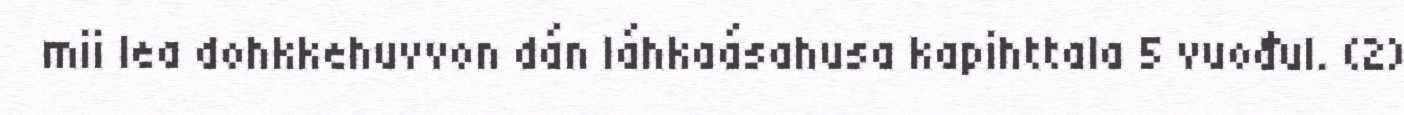
mii lea dohkkehuvvon dán láhkaásahusa kapihttala 5 vuođul. (2)